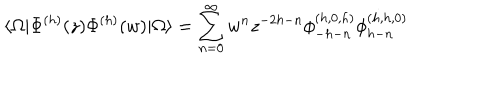
LaTeX: \langle \Omega | \Phi ^ { ( h ) } ( z ) \Phi ^ { ( h ) } ( w ) | \Omega \rangle = \sum _ { n = 0 } ^ { \infty } w ^ { n } z ^ { - 2 h - n } \phi _ { - h - n } ^ { ( h , 0 , h ) } \phi _ { h - n } ^ { ( h , h , 0 ) }